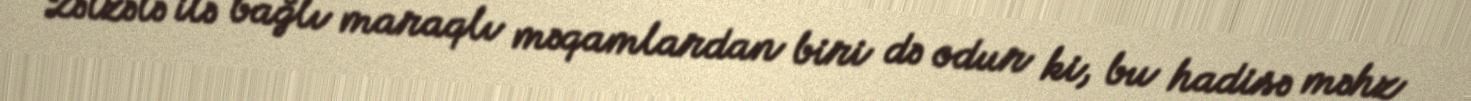
Zəlzələ ilə bağlı maraqlı məqamlardan biri də odur ki, bu hadisə məhz